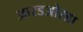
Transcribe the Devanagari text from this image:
आरडओरडा